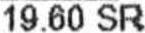
19.60 SR